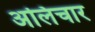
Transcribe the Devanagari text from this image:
अलिचार